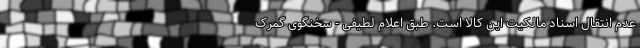
عدم انتقال اسناد مالکیت این کالا است. طبق اعلام لطیفی - سخنگوی گمرک